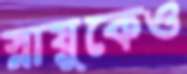
স্নায়ুকেও